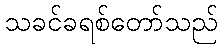
သခင်ခရစ်တော်သည်